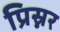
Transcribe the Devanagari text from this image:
प्रिस्नर